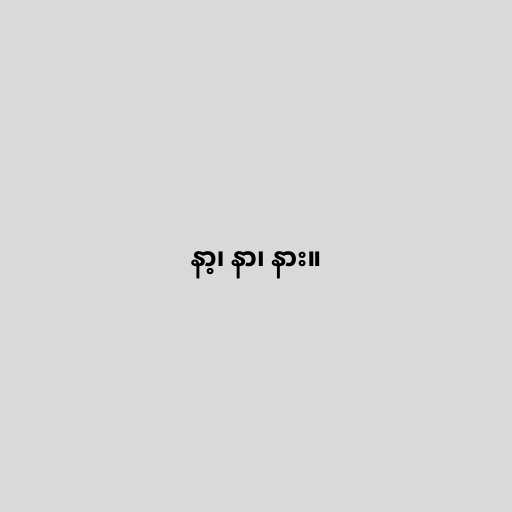
နာ့၊ နာ၊ နား။